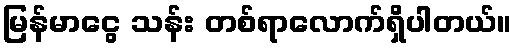
မြန်မာငွေ သန်း တစ်ရာလောက်ရှိပါတယ်။